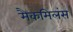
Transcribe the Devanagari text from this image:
मैकमिलंस